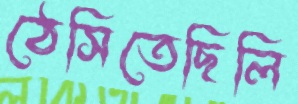
ঠেসিতেছিলি